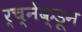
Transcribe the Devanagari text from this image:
र्च्नेक्डून